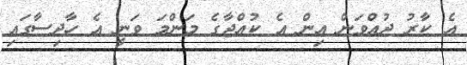
އެ ކާރު ދުއްވަން އިން އެ ކުއްޖާގެ މަންމަ ވަނީ އެ ހާދިސާގައި